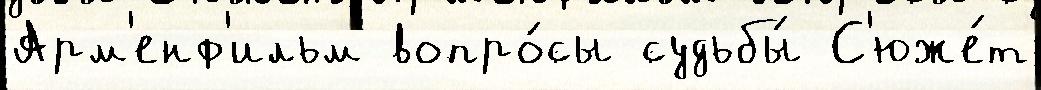
Арм'енф'ильм вопро́сы судьбы́ С'юже́т